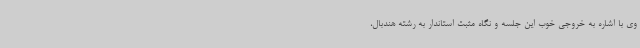
وی با اشاره به خروجی خوب این جلسه و نگاه مثبت استاندار به رشته هندبال،